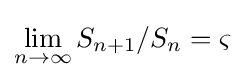
\lim _{n\rightarrow \infty }S_{n+1}/S_{n}=\varsigma